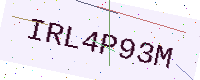
Text: IRL4P93M